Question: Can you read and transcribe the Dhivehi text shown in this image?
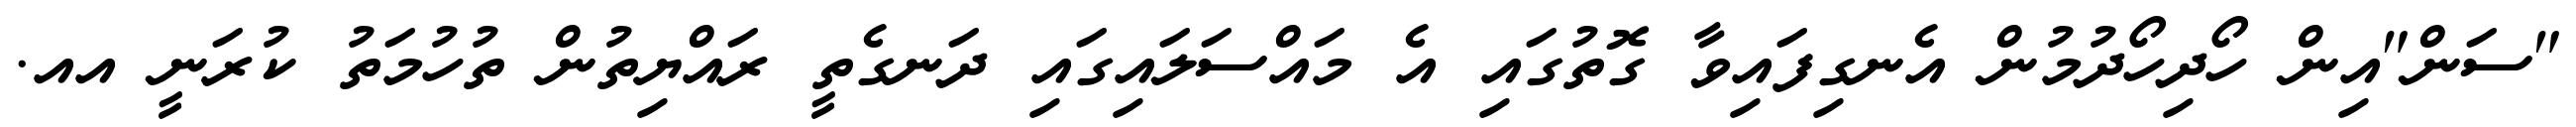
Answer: "ސަން"އިން ހޯދިހޯދުމުން އެނގިފައިވާ ގޮތުގައި އެ މައްސަލައިގައި ދަނގެތީ ރައްޔިތުން ތުހުމަތު ކުރަނީ އއ.